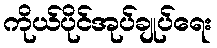
ကိုယ်ပိုင်အုပ်ချုပ်ရေး